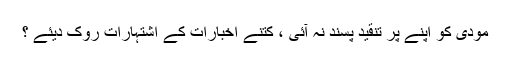
مودی کو اپنے پر تنقید پسند نہ آئی ، کتنے اخبارات کے اشتہارات روک دیئے ؟